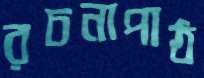
রচনাপাঠ